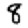
Digit: 8